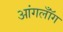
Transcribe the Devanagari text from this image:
आंगलॉँग